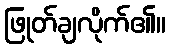
ဖြုတ်ချလိုက်၏။